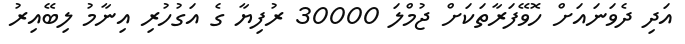
އަދި ދެވަނައަށް ހޮވޭފަރާތަކަށް ޖުމްލަ 30000 ރުފިޔާ ގެ އަގުހުރި އިނާމު ލިބޭއިރު